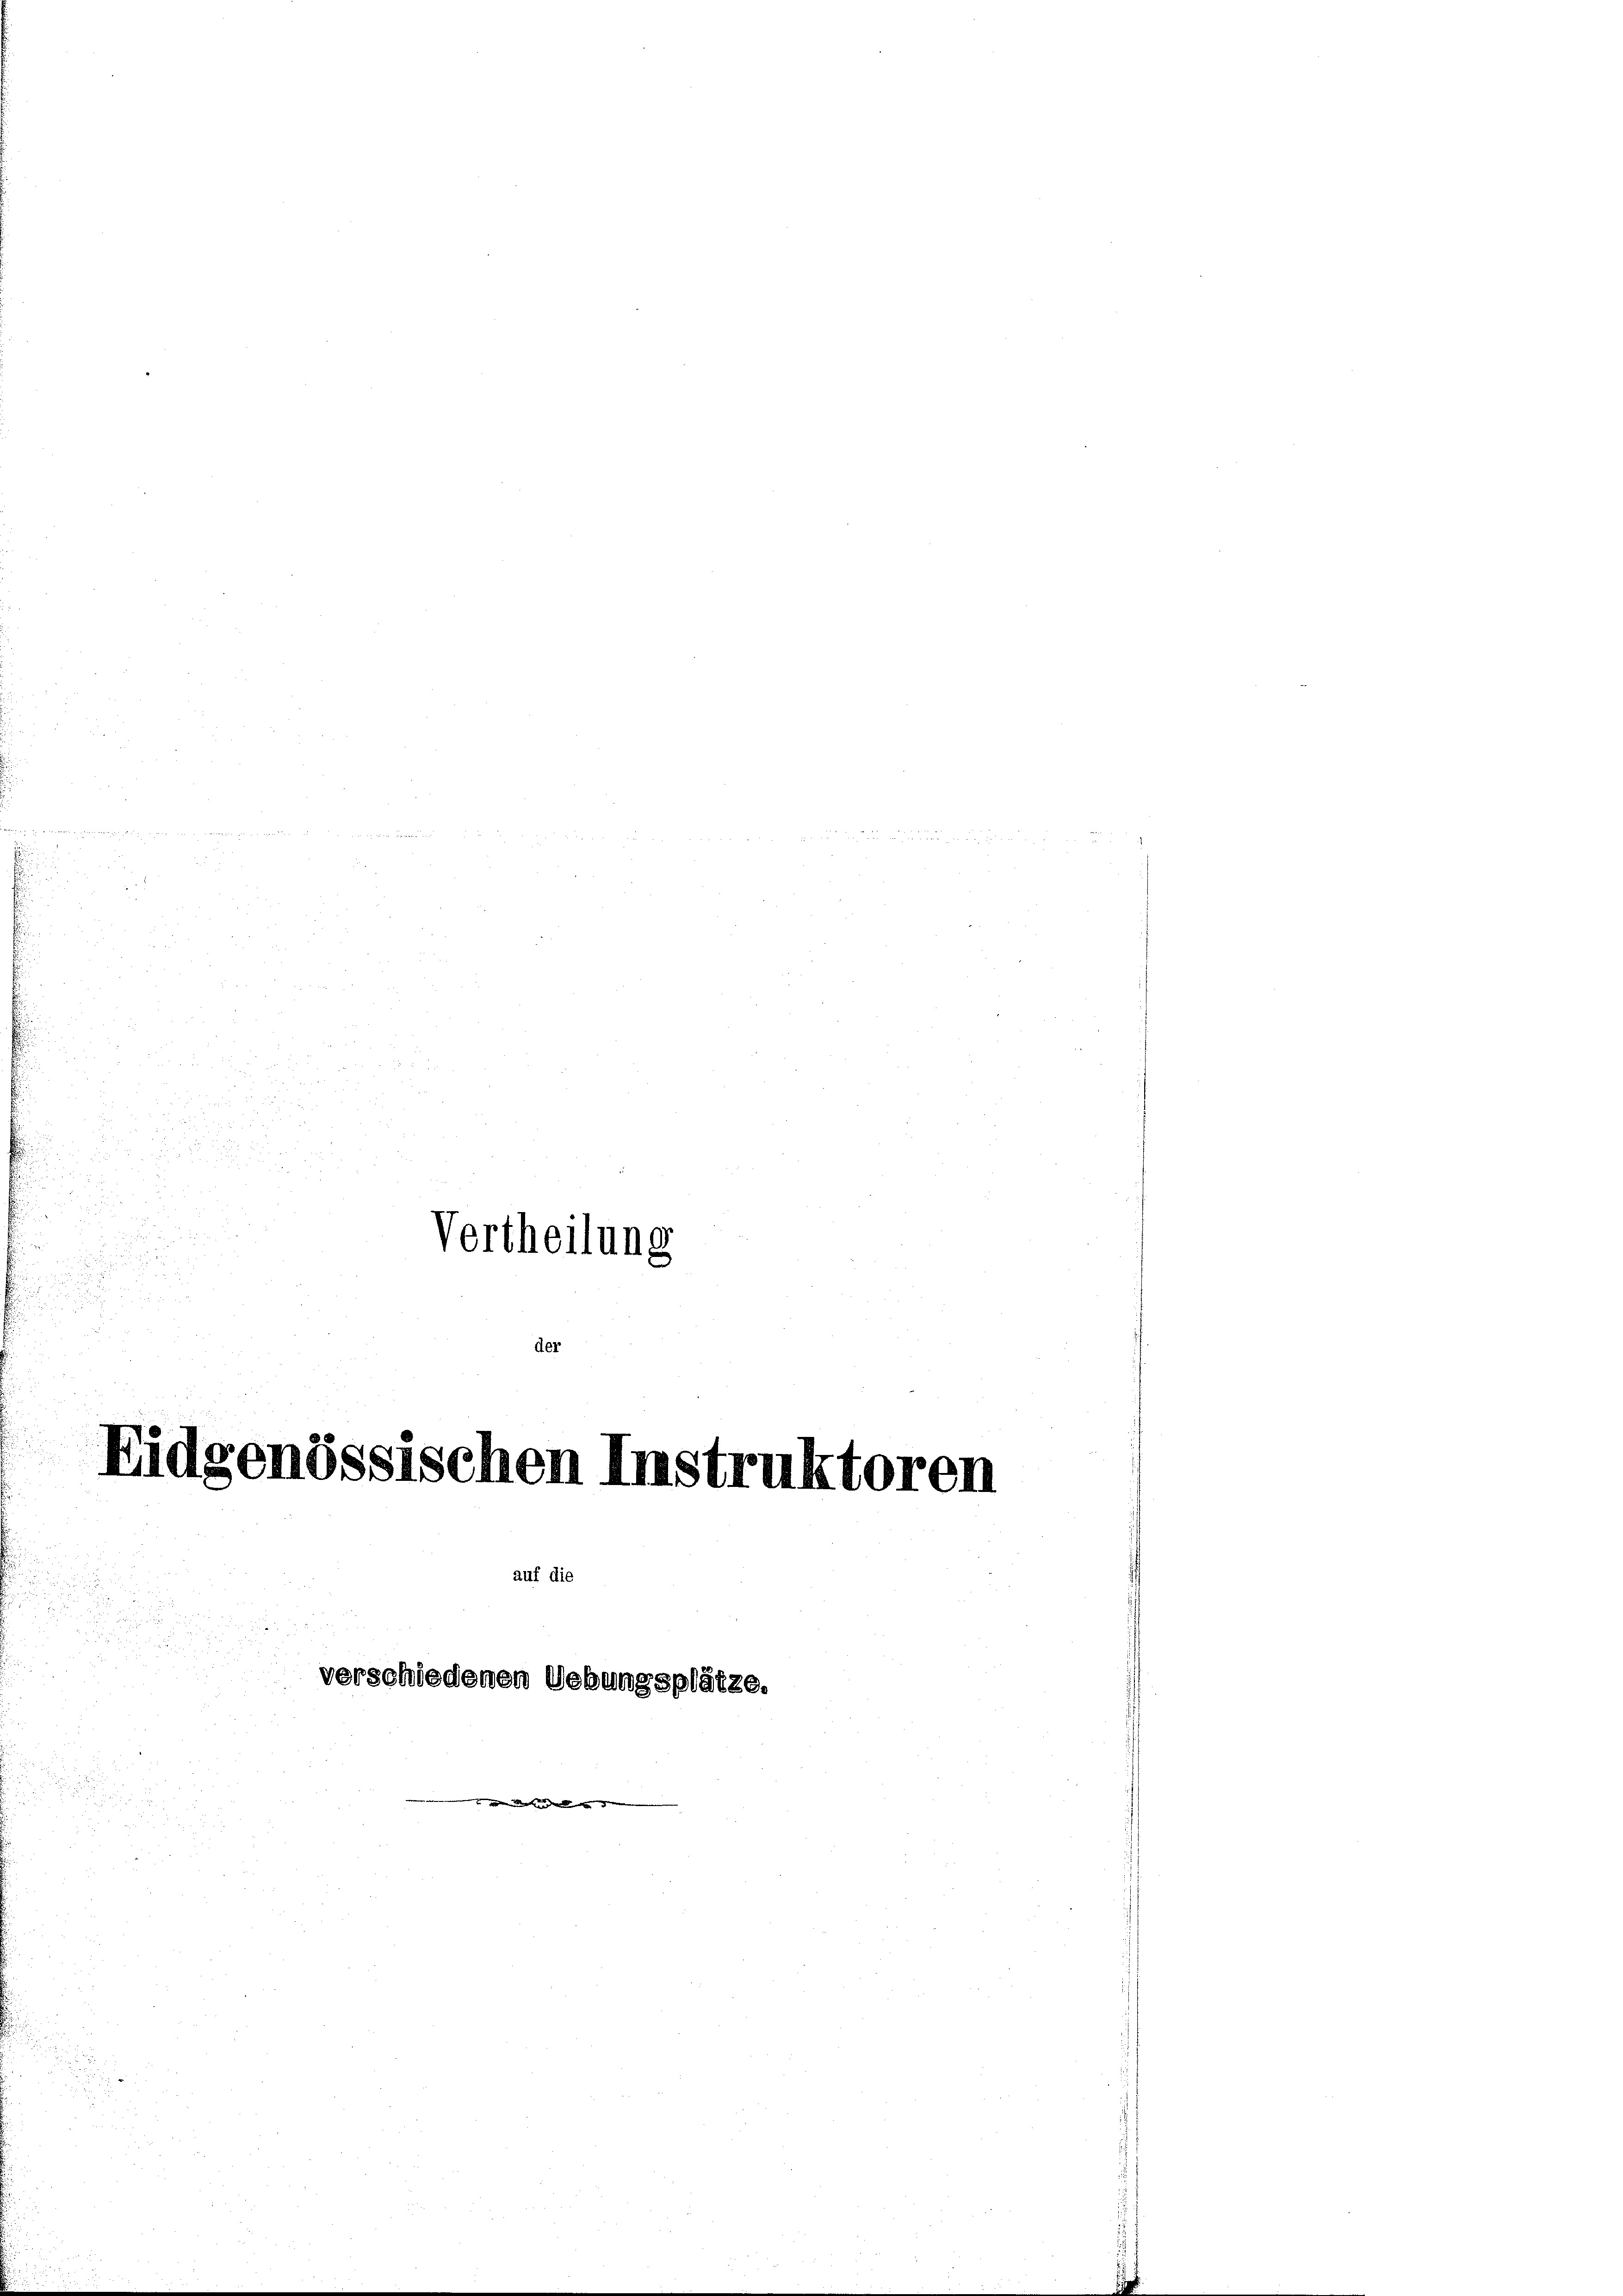
i

e
.

Vertheilung

der

Eidgenössischen Instruktoren

auf die

verschiedenen Uebungsplätze.